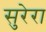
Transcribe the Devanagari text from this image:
सुरेरा